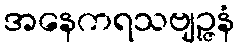
အနေကရသဗျဉ္ဇနံ